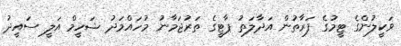
ވަކީލުންގެ ޓީމުގެ ފަރާތުން އަދާލަތު ޕާޓީގެ ތަރުޖަމާނު މުހައްމަދު ޝަހީމް އަލީ ސައީދު